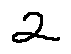
2